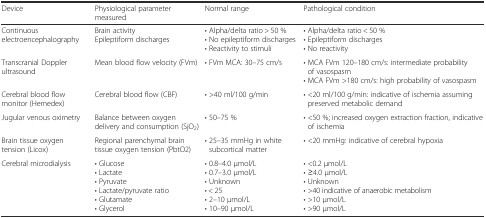
<table><thead><tr><td><b>Device</b></td><td><b>Physiological parameter measured</b></td><td><b>Normal range</b></td><td><b>Pathological condition</b></td></tr></thead><tbody><tr><td>Continuous electroencephalography</td><td>Brain activityEpileptiform discharges</td><td>• Alpha/delta ratio &gt; 50 %• No epileptiform discharges• Reactivity to stimuli</td><td>• Alpha/delta ratio &lt; 50 %• Epileptiform discharges• No reactivity</td></tr><tr><td>Transcranial Doppler ultrasound</td><td>Mean blood flow velocity (FVm)</td><td>• FVm MCA: 30–75 cm/s</td><td>• MCA FVm 120–180 cm/s: intermediate probability of vasospasm• MCA FVm &gt;180 cm/s: high probability of vasospasm</td></tr><tr><td>Cerebral blood flow monitor (Hemedex)</td><td>Cerebral blood flow (CBF)</td><td>• &gt;40 ml/100 g/min</td><td>• &lt;20 ml/100 g/min: indicative of ischemia assuming preserved metabolic demand</td></tr><tr><td>Jugular venous oximetry</td><td>Balance between oxygen delivery and consumption (SjO<sub>2</sub>)</td><td>• 50–75 %</td><td>• &lt;50 %; increased oxygen extraction fraction, indicative of ischemia</td></tr><tr><td>Brain tissue oxygen tension (Licox)</td><td>Regional parenchymal brain tissue oxygen tension (PbtO2)</td><td>• 25–35 mmHg in white subcortical matter</td><td>• &lt;20 mmHg: indicative of cerebral hypoxia</td></tr><tr><td>Cerebral microdialysis</td><td>• Glucose• Lactate• Pyruvate• Lactate/pyruvate ratio• Glutamate• Glycerol</td><td>• 0.8–4.0 μmol/L• 0.7–3.0 μmol/L• Unknown• &lt; 25• 2–10 μmol/L• 10–90 μmol/L</td><td>• &lt;0.2 μmol/L• ≥4.0 μmol/L• Unknown• &gt;40 indicative of anaerobic metabolism• &gt;10 μmol/L• &gt;90 μmol/L</td></tr></tbody></table>